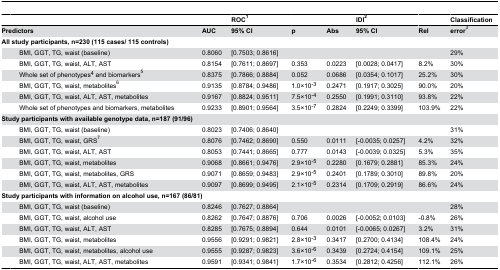
<table><thead><tr><td></td><td></td><td></td><td></td><td><b>ROC<sup>1</sup></b></td><td></td><td></td><td><b>IDI<sup>2</sup></b></td><td></td><td><b>Classification</b></td></tr></thead><tbody><tr><td colspan="3"><b>Predictors</b></td><td><b>AUC</b></td><td><b>95% CI</b></td><td><b>p</b></td><td><b>Abs</b></td><td><b>95% CI</b></td><td><b>Rel</b></td><td><b>error</b><sup>3</sup></td></tr><tr><td colspan="3"><b>All study participants, n=230 (115 cases/ 115 controls)</b></td><td></td><td></td><td></td><td></td><td></td><td></td><td></td></tr><tr><td></td><td></td><td>BMI, GGT, TG, waist (baseline)</td><td>0.8060</td><td>[0.7503; 0.8616]</td><td></td><td></td><td></td><td></td><td>29%</td></tr><tr><td></td><td></td><td>BMI, GGT, TG, waist, ALT, AST</td><td>0.8154</td><td>[0.7611; 0.8697]</td><td>0.353</td><td>0.0223</td><td>[0.0028; 0.0417]</td><td>8.2%</td><td>30%</td></tr><tr><td></td><td></td><td>Whole set of phenotypes<sup>4</sup> and biomarkers<sup>5</sup></td><td>0.8375</td><td>[0.7866; 0.8884]</td><td>0.052</td><td>0.0686</td><td>[0.0354; 0.1017]</td><td>25.2%</td><td>30%</td></tr><tr><td></td><td></td><td>BMI, GGT, TG, waist, metabolites<sup>6</sup></td><td>0.9135</td><td>[0.8784; 0.9486]</td><td>1.0×10<sup>-3</sup></td><td>0.2471</td><td>[0.1917; 0.3025]</td><td>90.0%</td><td>20%</td></tr><tr><td></td><td></td><td>BMI, GGT, TG, waist, ALT, AST, metabolites</td><td>0.9167</td><td>[0.8824; 0.9511]</td><td>7.5×10<sup>-4</sup></td><td>0.2550</td><td>[0.1991; 0.3110]</td><td>93.8%</td><td>22%</td></tr><tr><td></td><td></td><td>Whole set of phenotypes and biomarkers, metabolites</td><td>0.9233</td><td>[0.8901; 0.9564]</td><td>3.5×10<sup>-7</sup></td><td>0.2824</td><td>[0.2249; 0.3399]</td><td>103.9%</td><td>22%</td></tr><tr><td colspan="5"><b>Study participants with available genotype data, n=187 (91/96)</b></td><td></td><td></td><td></td><td></td><td></td></tr><tr><td></td><td></td><td>BMI, GGT, TG, waist (baseline)</td><td>0.8023</td><td>[0.7406; 0.8640]</td><td></td><td></td><td></td><td></td><td>31%</td></tr><tr><td></td><td></td><td>BMI, GGT, TG, waist, GRS<sup>7</sup></td><td>0.8076</td><td>[0.7462; 0.8690]</td><td>0.550</td><td>0.0111</td><td>[-0.0035; 0.0257]</td><td>4.2%</td><td>32%</td></tr><tr><td></td><td></td><td>BMI, GGT, TG, waist, ALT, AST</td><td>0.8053</td><td>[0.7441; 0.8665]</td><td>0.777</td><td>0.0143</td><td>[-0.0039; 0.0325]</td><td>5.3%</td><td>35%</td></tr><tr><td></td><td></td><td>BMI, GGT, TG, waist, metabolites</td><td>0.9068</td><td>[0.8661; 0.9476]</td><td>2.9×10<sup>-5</sup></td><td>0.2280</td><td>[0.1679; 0.2881]</td><td>85.3%</td><td>24%</td></tr><tr><td></td><td></td><td>BMI, GGT, TG, waist, metabolites, GRS</td><td>0.9071</td><td>[0.8659; 0.9483]</td><td>2.9×10<sup>-5</sup></td><td>0.2401</td><td>[0.1789; 0.3010]</td><td>89.8%</td><td>20%</td></tr><tr><td></td><td></td><td>BMI, GGT, TG, waist, ALT, AST, metabolites</td><td>0.9097</td><td>[0.8699; 0.9495]</td><td>2.1×10<sup>-5</sup></td><td>0.2314</td><td>[0.1709; 0.2919]</td><td>86.6%</td><td>24%</td></tr><tr><td colspan="5"><b>Study participants with information on alcohol use, n=167 (86/81)</b></td><td></td><td></td><td></td><td></td><td></td></tr><tr><td></td><td></td><td>BMI, GGT, TG, waist (baseline)</td><td>0.8246</td><td>[0.7627; 0.8864]</td><td></td><td></td><td></td><td></td><td>28%</td></tr><tr><td></td><td></td><td>BMI, GGT, TG, waist, alcohol use</td><td>0.8262</td><td>[0.7647; 0.8876]</td><td>0.706</td><td>0.0026</td><td>[-0.0052; 0.0103]</td><td>-0.8%</td><td>26%</td></tr><tr><td></td><td></td><td>BMI, GGT, TG, waist, ALT, AST</td><td>0.8285</td><td>[0.7675; 0.8894]</td><td>0.644</td><td>0.0101</td><td>[-0.0065; 0.0267]</td><td>3.2%</td><td>31%</td></tr><tr><td></td><td></td><td>BMI, GGT, TG, waist, metabolites</td><td>0.9556</td><td>[0.9291; 0.9821]</td><td>2.8×10<sup>-3</sup></td><td>0.3417</td><td>[0.2700; 0.4134]</td><td>108.4%</td><td>24%</td></tr><tr><td></td><td></td><td>BMI, GGT, TG, waist, metabolites, alcohol use</td><td>0.9555</td><td>[0.9287; 0.9823]</td><td>3.6×10<sup>-6</sup></td><td>0.3439</td><td>[0.2724; 0.4154]</td><td>109.1%</td><td>25%</td></tr><tr><td></td><td></td><td>BMI, GGT, TG, waist, ALT, AST, metabolites</td><td>0.9591</td><td>[0.9341; 0.9841]</td><td>1.7×10<sup>-6</sup></td><td>0.3534</td><td>[0.2812; 0.4256]</td><td>112.1%</td><td>26%</td></tr></tbody></table>